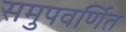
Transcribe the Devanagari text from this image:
समुपवर्णित